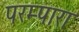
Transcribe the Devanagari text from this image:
परम्पारा